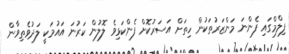
ފިލްމްގައި ފެންނަ މަންޒަރުތަކުން ހިތަށް އަސަރުކޮށް ފެންކަޅިވެ ލޮލުން ކަރުނަ އައުމަކީ ލަދުވެތިވާން